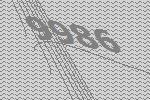
9986